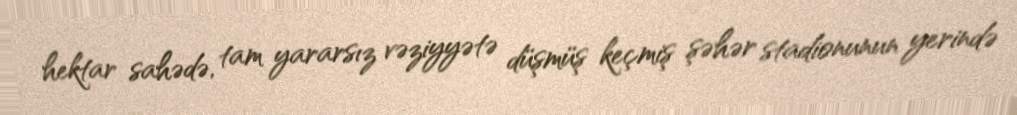
hektar sahədə, tam yararsız vəziyyətə düşmüş keçmiş şəhər stadionunun yerində